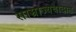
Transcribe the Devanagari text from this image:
साम्राज्यवादात